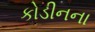
કોડીનના